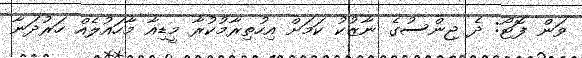
ވަން ފޮޓޯ: ދެ ޖިންސުގެ ނާޒުކު ކަމަށް އިހުތިރާމުކުރާ މީޑިއާ މާހައުލެއް ހަރުދަނާ